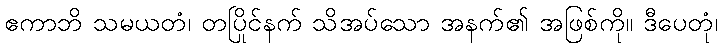
ဧကာဘိ သမယတံ၊ တပြိုင်နက် သိအပ်သော အနက်၏ အဖြစ်ကို။ ဒီပေတုံ၊